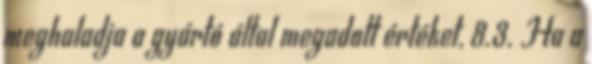
meghaladja a gyártó által megadott értéket, 8.3. Ha a